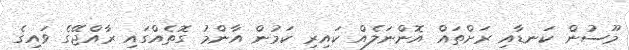
މޫސުން ކަނޑާއި ރަށްތައް އޮންނަލެއް ކައިރި ކަމުން އާންމު ގޮތެއްގައި ރާއްޖޭގެ ވައިގެ